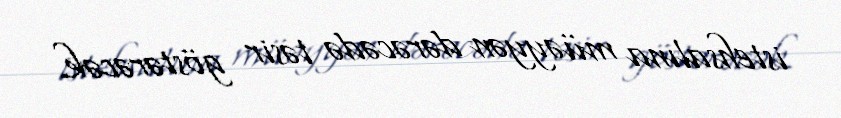
istehsalına müəyyən dərəcədə təsir göstərəcək.